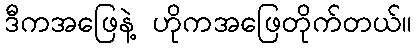
ဒီကအဖြေနဲ့ ဟိုကအဖြေတိုက်တယ်။